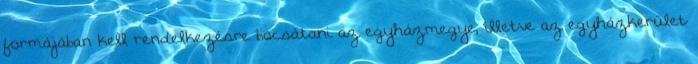
formájában kell rendelkezésre bocsátani az egyházmegye, illetve az egyházkerület